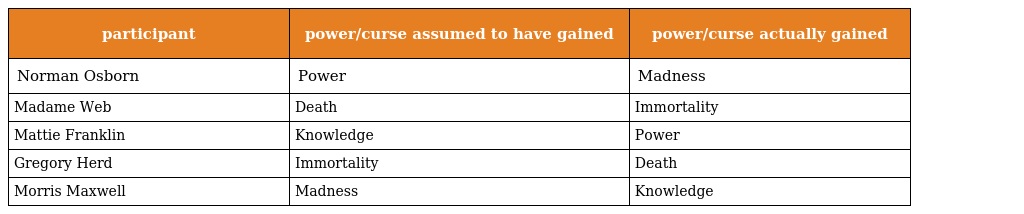
| participant | power/curse assumed to have gained | power/curse actually gained |
 | --- | --- | --- |
 | Norman Osborn | Power | Madness |
 | Madame Web | Death | Immortality |
 | Mattie Franklin | Knowledge | Power |
 | Gregory Herd | Immortality | Death |
 | Morris Maxwell | Madness | Knowledge |